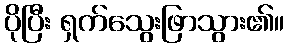
ပိုပြီး ရှက်သွေးဖြာသွား၏။